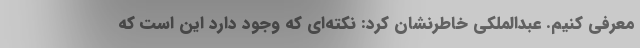
معرفی کنیم. عبدالملکی خاطرنشان کرد: نکته‌ای که وجود دارد این است که